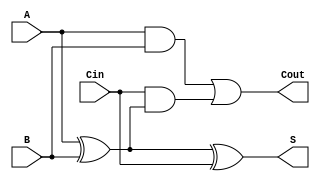
module RippleCarryFullAdder (
    input wire A,     // First binary digit
    input wire B,     // Second binary digit
    input wire Cin,   // Carry input
    output wire S,    // Sum output
    output wire Cout   // Carry output
);

// Internal signals
wire AxorB;

// Compute the sum S using two XOR gates
assign AxorB = A ^ B;       // First XOR: A  B
assign S = AxorB ^ Cin;     // Second XOR: (A  B)  Cin

// Compute the carry-out Cout using two AND gates and one OR gate
assign Cout = (A & B) | (Cin & AxorB); // Cout: (A  B)  (Cin  (A  B))

endmodule